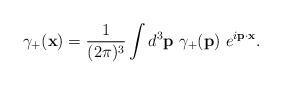
LaTeX: \begin{align*}\gamma_{+}({\bf x})=\frac{1}{(2\pi)^{3}}\int d^{3}{\bf p}~\gamma_{+}({\bf p}) ~ e^{i{\bf p}\cdot {\bf x}}.\end{align*}